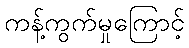
ကန့်ကွက်မှုကြောင့်